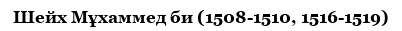
Шейх Мұхаммед би (1508-1510, 1516-1519)